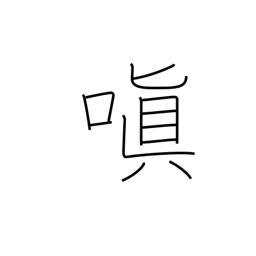
Meaning: be angry